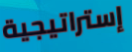
إستراتيجية